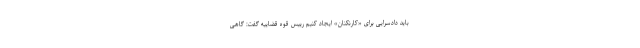
باید دادسرایی برای «کارنکنان» ایجاد کنیم رییس قوه قضاییه گفت: گاهی